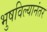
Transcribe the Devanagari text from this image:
भुषविल्यानंतर